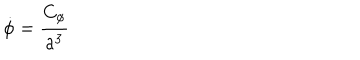
LaTeX: \dot { \phi } = { \frac { C _ { \phi } } { a ^ { 3 } } }